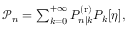
\begin{array} { r } { \mathcal { P } _ { n } = \sum _ { k = 0 } ^ { + \infty } P _ { n | k } ^ { \mathrm { ( r ) } } P _ { k } [ \eta ] , } \end{array}